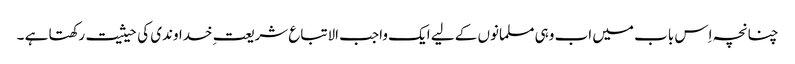
چنانچہ اِس باب میں اب وہی مسلمانوں کے لیے ایک واجب الاتباع شریعت ِخداوندی کی حیثیت رکھتا ہے ۔